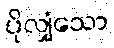
ပိုလျှံသော